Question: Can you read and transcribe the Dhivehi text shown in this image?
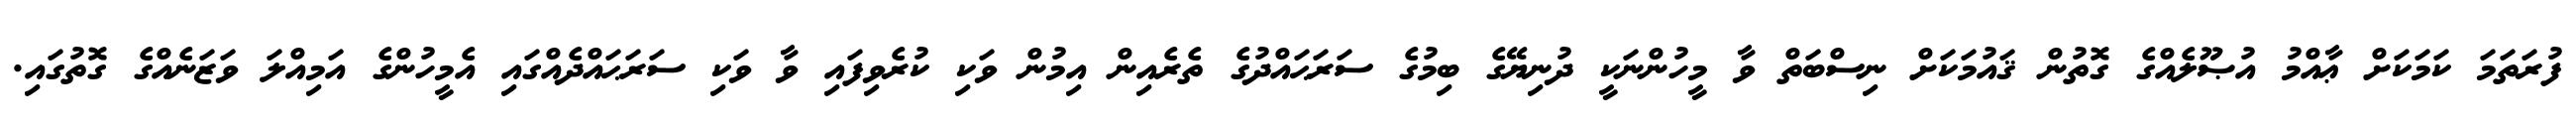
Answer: ފުރަތަމަ ކަމަކަށް ޢާއްމު އުޞޫލެއްގެ ގޮތުން ޤައުމަކަށް ނިސްބަތް ވާ މީހުންނަކީ ދުނިޔޭގެ ބިމުގެ ސަރަޙައްދުގެ ތެރެއިން އިމުން ވަކި ކުރެވިފައި ވާ ވަކި ސަރަޙައްދެއްގައި އެމީހުންގެ އަމިއްލަ ވަޒަނެއްގެ ގޮތުގައި.